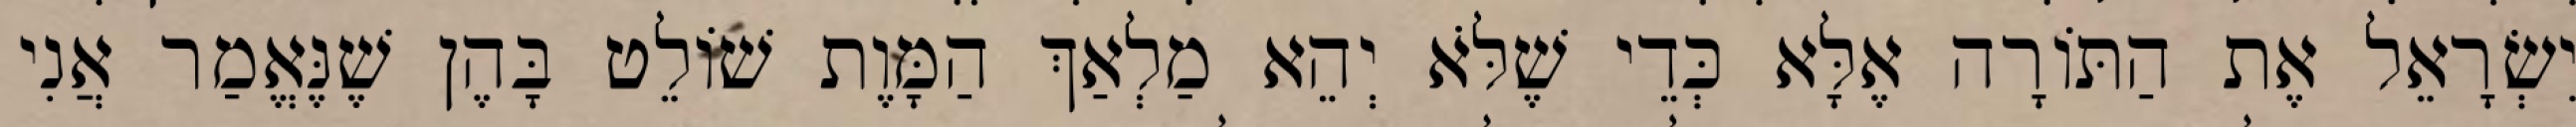
יִשְׂרָאֵל אֶת הַתּוֹרָה אֶלָּא כְּדֵי שֶׁלֹּא יְהֵא מַלְאַךְ הַמָּוֶת שׁוֹלֵט בָּהֶן שֶׁנֶּאֱמַר אֲנִי